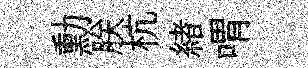
勳朕杭緖喟